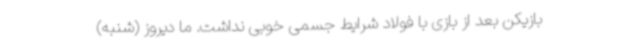
بازیکن بعد از بازی با فولاد شرایط جسمی خوبی نداشت. ما دیروز (شنبه)